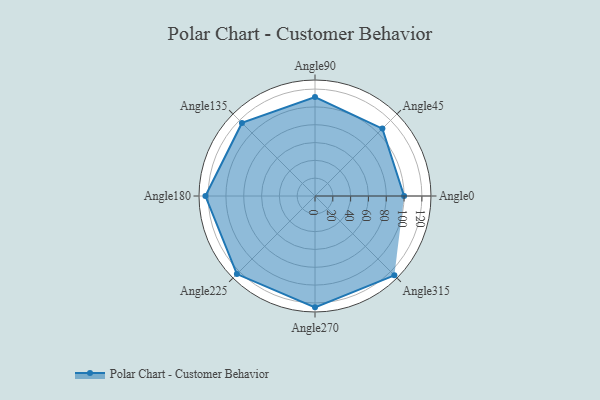
{"axis": {"x": "Angle", "y": "Radius"}, "legend": [""], "data": [{"x": "Angle0", "y": 100.0, "type": ""}, {"x": "Angle45", "y": 107.0, "type": ""}, {"x": "Angle90", "y": 111.0, "type": ""}, {"x": "Angle135", "y": 116.0, "type": ""}, {"x": "Angle180", "y": 123.0, "type": ""}, {"x": "Angle225", "y": 124.0, "type": ""}, {"x": "Angle270", "y": 125.0, "type": ""}, {"x": "Angle315", "y": 126.0, "type": ""}]}